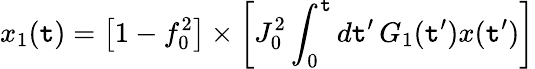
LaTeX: x_{1}(\mathtt{t})=\big[1-f_{0}^{2}\big]\times\left[J_{0}^{2}\int_{0}^{\mathtt{t}}d\mathtt{t}^{\prime}\, G_{1}(\mathtt{t}^{\prime})x(\mathtt{t}^{\prime})\right]